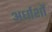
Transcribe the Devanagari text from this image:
अर्धाशौं